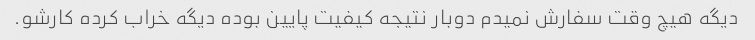
دیگه هیچ وقت سفارش نمیدم دوبار نتیجه کیفیت پایین بوده دیگه خراب کرده کارشو.